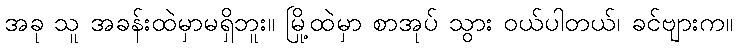
အခု သူ အခန်းထဲမှာမရှိဘူး။ မြို့ထဲမှာ စာအုပ် သွား ဝယ်ပါတယ်၊ ခင်ဗျားက။